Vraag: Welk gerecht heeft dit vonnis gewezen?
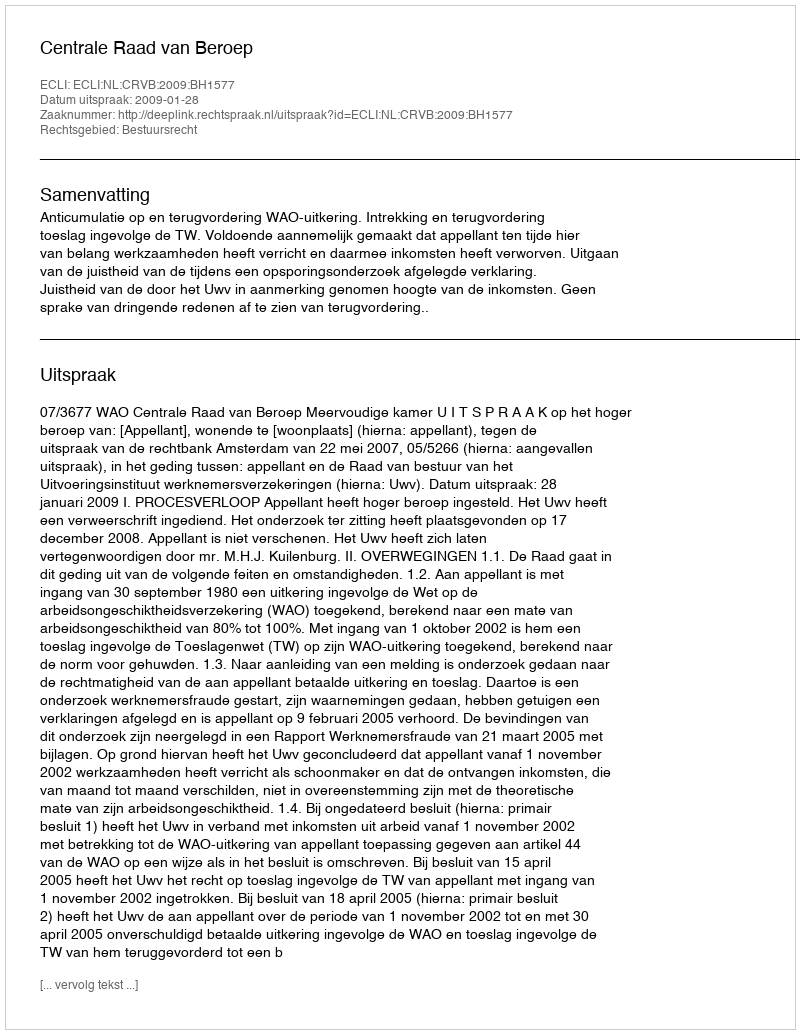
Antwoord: Centrale Raad van Beroep